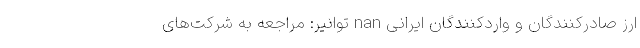
ارز صادرکنندگان و واردکنندگان ایرانی nan توانیر: مراجعه به شرکت‌های